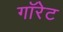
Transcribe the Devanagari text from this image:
गॉरेट